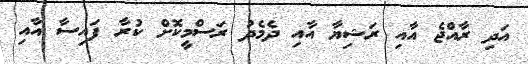
އަދި ރާއްޖެ އާއި ރަޝިޔާ އާއި ދެމެދު ރަސްމީކޮށް ކުރާ ފައިސާ އާއި